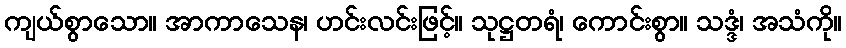
ကျယ်စွာသော။ အာကာသေန၊ ဟင်းလင်းဖြင့်။ သုဋ္ဌတရံ၊ ကောင်းစွာ။ သဒ္ဒံ၊ အသံကို။